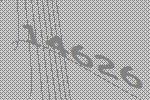
14626